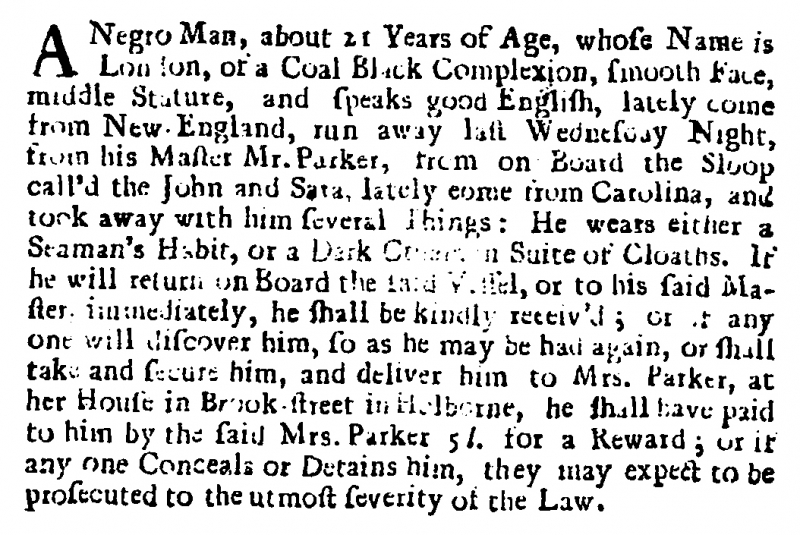
Flying Post or The Post Master, 23 June 1716 (England)
A Negro Man, about 21 Years of Age, whose Name is London, of a Coal Black Complexion, smooth Face, middle Stature, and speaks good English, lately come from New England, run away last Wednesday Night, from his Master Mr. Parker, from on Board the Sloop call’d the John and Sara, lately come from Carolina, and took away with him several Things: He wears either a Seaman’s Habit, or a Dark [illegible] Suite of Cloaths. If he will return on Board the said Vessel, or to his said Master immediately, he shall be kindly receiv’d; or if any one will discover him, so as he may be had again, or shall take and secure him, and deliver him to Mrs. Parker, at her House in Brook-street in Holborne, he shall have paid to him by the said Mrs. Parker 5 l. for a Reward; or if any one Conceals or Detains him, they may expect to be prosecuted to the utmost severity of the Law.